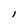
Character: l